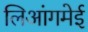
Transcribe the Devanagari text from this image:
लिआंगमेई